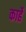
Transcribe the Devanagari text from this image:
कार्हे